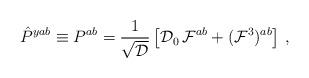
LaTeX: \begin{align*}\hat {P}^{yab} \equiv P^{ab} = {1\over {\sqrt{\cal D}}}\left[ {\cal D}_0 \, {\cal F}^{ab}+ ({\cal F}^3)^{ab}\right] \, , \end{align*}